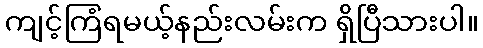
ကျင့်ကြံရမယ့်နည်းလမ်းက ရှိပြီသားပါ။